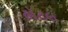
હૉટલ